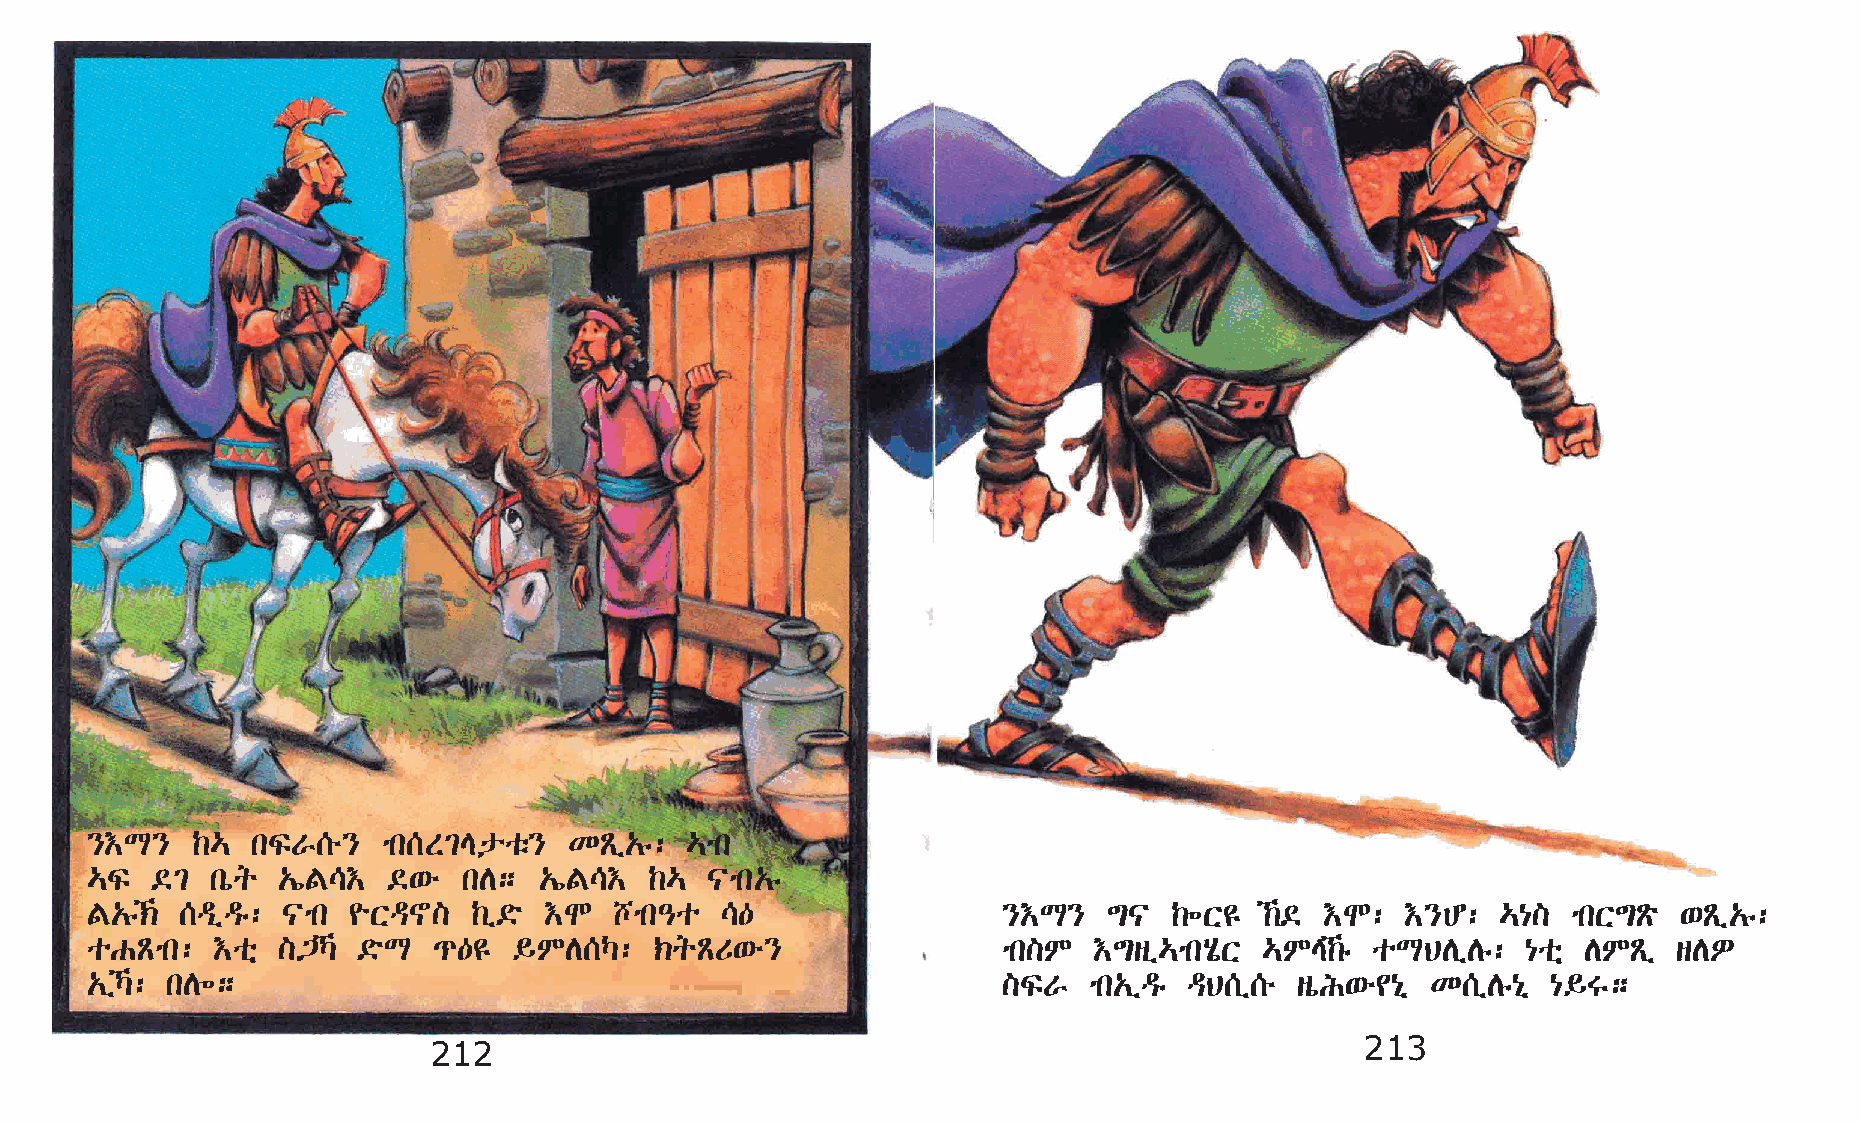
}†L}   ‰…  kÏV[é}  mk[S²Epoë}   KÃï„ê: …mk
 …Ï  ©²  kòq „íF\†   ©‘é  kD;  „íF\†  ‰…  |mk„ê
 F„ê‹ [ªïªê: |mk ¨Xª~]   ‰ï©ö †N   bmk–o  \—                }†L}   ´|   ‰÷X£  ‰© †N:  †}C:  …{]  mkX´Ãö ‘Ãï„ê:
 oGÃmk:  †oñ ]³Š  ©öL  ¹—£  §MD[Š:   ‹qÃU‘é}                mk]M  †´sï…mkAôX  …ME‰ê oLBDïDê:  {oñ DMÃï  sDÈ
 „ïŠ: kD÷;                                                  ]ÏV   mk„ïªê ªB[ï[é sòI‘é¢{ð K[ïDê{ð {§T;
 212                                                           213